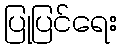
ပြုပြင်ရေး